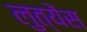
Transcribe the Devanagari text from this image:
लुत्येंस